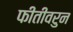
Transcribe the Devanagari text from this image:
फीतीवरुन